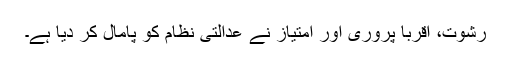
رشوت، اقربا پروری اور امتیاز نے عدالتی نظام کو پامال کر دیا ہے۔